Vaccination in the Punjab 1867-1880 - 1867-1880
Year: 1867
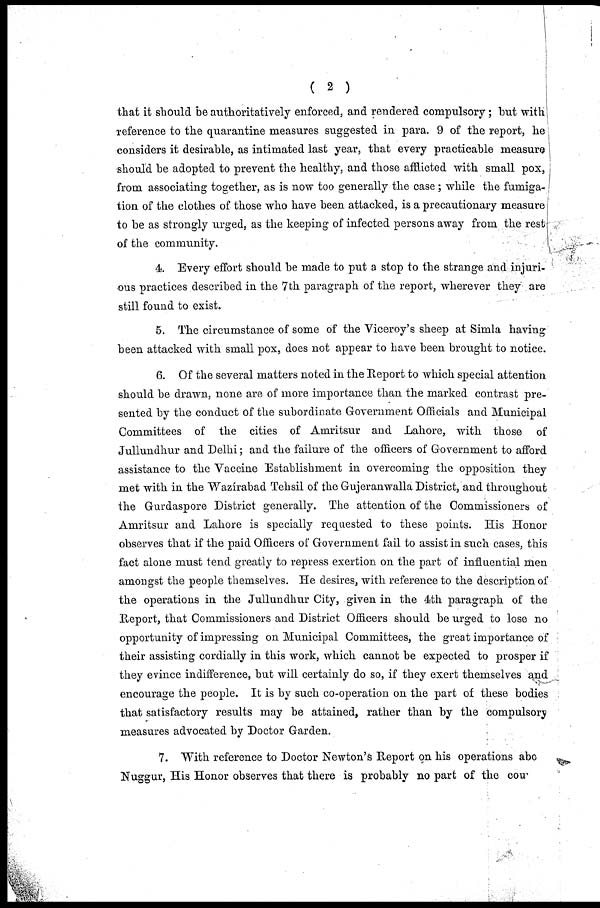
( 2 )
that it should be authoritatively enforced, and rendered compulsory; but with
reference to the quarantine measures suggested in para. 9 of the report, he
considers it desirable, as intimated last year, that every practicable measure
should be adopted to prevent the healthy, and those afflicted with small pox,
from associating together, as is now too generally the case ; while the fumiga-
tion of the clothes of those who have been attacked, is a precautionary measure
to be as strongly urged, as the keeping of infected persons away from the rest
of the community.
4. Every effort should be made to put a stop to the strange and injuri-
ous practices described in the 7th paragraph of the report, wherever they are
still found to exist.
5. The circumstance of some of the Viceroy's sheep at Simla having
been attacked with small pox, does not appear to have been brought to notice.
6. Of the several matters noted in the Report to which special attention
should be drawn, none are of more importance than the marked contrast pre-
sented by the conduct of the subordinate Government Officials and Municipal
Committees of the cities of Amritsur and Lahore, with those of
Jullundhur and Delhi; and the failure of the officers of Government to afford
assistance to the Vaccine Establishment in overcoming the opposition they
met with in the Wazírabad Tehsil of the Gujeranwalla District, and throughout
the Gurdaspore District generally. The attention of the Commissioners of
Amritsur and Lahore is specially requested to these points. His Honor
observes that if the paid Officers of Government fail to assist in such cases, this
fact alone must tend greatly to repress exertion on the part of influential men
amongst the people themselves. He desires, with reference to the description of
the operations in the Jullundhur City, given in the 4th paragraph of the
Report, that Commissioners and District Officers should be urged to lose no
opportunity of impressing on Municipal Committees, the great importance of
their assisting cordially in this work, which cannot be expected to prosper if
they evince indifference, but will certainly do so, if they exert themselves and
encourage the people. It is by such co-operation on the part of these bodies
that satisfactory results may be attained, rather than by the compulsory
measures advocated by Doctor Garden.
7. With reference to Doctor Newton's Report on his operations abo
Nuggur, His Honor observes that there is probably no part of the COU